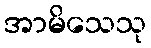
အာမိသေသု